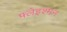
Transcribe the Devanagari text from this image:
फ्लेइश्मन